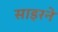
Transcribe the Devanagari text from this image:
साइरने